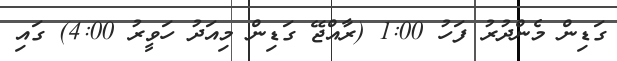
ގަޑިން މެންދުރު ފަހު 1:00 (ރާއްޖޭ ގަޑިން މިއަދު ހަވީރު 4:00) ގައި